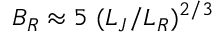
B _ { R } \approx 5 \ ( L _ { J } / L _ { R } ) ^ { 2 / 3 }